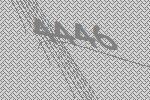
4446